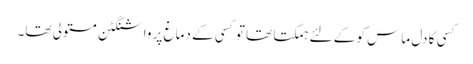
کسی کا دل ماس کو کے لئے ہمکتا تھا تو کسی کے دماغ پر واشنگٹن مستولی تھا۔